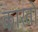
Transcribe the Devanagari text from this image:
कारतो